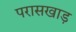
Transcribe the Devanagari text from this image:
परासखाड़